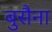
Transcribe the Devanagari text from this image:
बुसैना